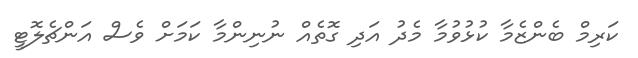
ކަރިމް ބެންޒެމާ ކުޅުވުމާ މެދު އަދި ގޮތެއް ނުނިންމާ ކަމަށް ވެސް އަންޗެލޮޓީ